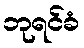
ဘုရင်ခံ